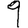
Digit: 9